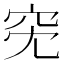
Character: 𥤷